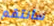
سأنتقم